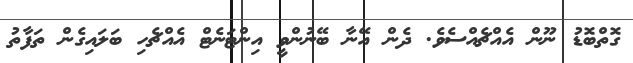
ގޮތްބޮޑު ނޫން އެއްޗެއްސެވެ. ދެން އޭނާ ބޭނުންވީ އިންޓަނެޓް އެއްޗެހި ބަލައިގެން ތަފާތު